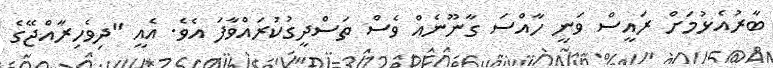
ބާރުއެޅުމަށް ރައީސް ވަނީ ހާއްސަ ގާނޫނެއް ވެސް ތަސްދީގުކުރައްވާފަ އެވެ. އެއީ "ދިވެހިރާއްޖޭގެ